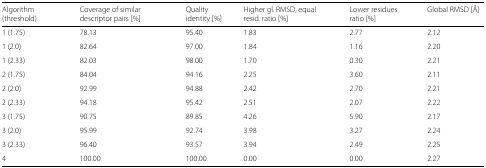
<table><thead><tr><td><b>Algorithm (threshold)</b></td><td><b>Coverage of similar descriptor pairs [%]</b></td><td><b>Quality identity [%]</b></td><td><b>Higher gl. RMSD, equal resid. ratio [%]</b></td><td><b>Lower residues ratio [%]</b></td><td><b>Global RMSD [Å]</b></td></tr></thead><tbody><tr><td>1 (1.75)</td><td>78.13</td><td>95.40</td><td>1.83</td><td>2.77</td><td>2.12</td></tr><tr><td>1 (2.0)</td><td>82.64</td><td>97.00</td><td>1.84</td><td>1.16</td><td>2.20</td></tr><tr><td>1 (2.33)</td><td>82.03</td><td>98.00</td><td>1.70</td><td>0.30</td><td>2.21</td></tr><tr><td>2 (1.75)</td><td>84.04</td><td>94.16</td><td>2.25</td><td>3.60</td><td>2.11</td></tr><tr><td>2 (2.0)</td><td>92.99</td><td>94.88</td><td>2.42</td><td>2.70</td><td>2.21</td></tr><tr><td>2 (2.33)</td><td>94.18</td><td>95.42</td><td>2.51</td><td>2.07</td><td>2.22</td></tr><tr><td>3 (1.75)</td><td>90.75</td><td>89.85</td><td>4.26</td><td>5.90</td><td>2.17</td></tr><tr><td>3 (2.0)</td><td>95.99</td><td>92.74</td><td>3.98</td><td>3.27</td><td>2.24</td></tr><tr><td>3 (2.33)</td><td>96.40</td><td>93.57</td><td>3.94</td><td>2.49</td><td>2.25</td></tr><tr><td>4</td><td>100.00</td><td>100.00</td><td>0.00</td><td>0.00</td><td>2.27</td></tr></tbody></table>